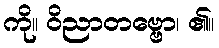
ကို။ ဝိညာတဗ္ဗော၊ ၏။